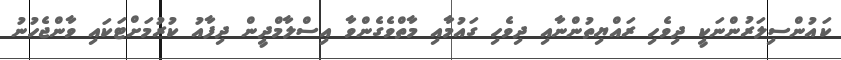
ކައުންސިލަރުންނަކީ ދިވެހި ރައްޔިތުންނާއި ދިވެހި ގައުމާއި މާތްވެގެންވާ އިސްލާމްދީން ދިފާއު ކުރުމަށްޓަކައި ވާންޖެހުނު